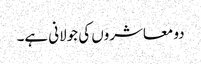
دو معاشروں کی جولانی ہے۔